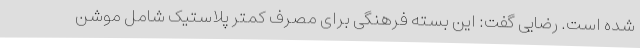
شده است. رضایی گفت: این بسته فرهنگی برای مصرف کمتر پلاستیک شامل موشن